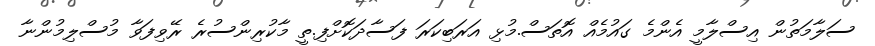
ސަލާމަތުން އިސްލާމީ އެންމެ ގައުމެއް އޮތަސް.މުޅި އަރަބިކަރަ ފަސާދަކޮށްފި.ތީ މާކުރިންސުރެ ރޭވިފަވާ މުސްލިމުންނާ